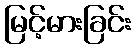
မြင့်မားခြင်း